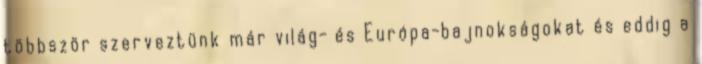
többször szerveztünk már világ- és Európa-bajnokságokat és eddig a